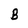
Character: B